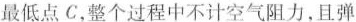
最低点C，整个过程中不计空气阻力，且弹